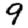
Digit: 9